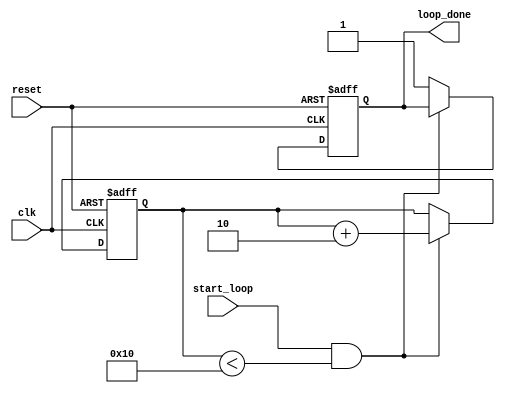
module for_loop(
    input wire reset,
    input wire clk,
    input wire start_loop,
    output reg loop_done
);

reg [7:0] counter; // Counter variable initialized to 0

always @(posedge clk or posedge reset) begin
    if (reset) begin // Reset counter
        counter <= 0;
        loop_done <= 0;
    end else begin
        if (start_loop && counter < 16) begin // Loop executes until counter reaches 16
            // Specific set of statements to be executed in each iteration
            counter <= counter + 2; // Increment by 2 in each iteration
        end else begin
            loop_done <= 1; // Terminate the loop when counter reaches 16
        end
    end
end

endmodule